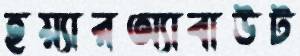
হয়্যারঅ্যাবাউট